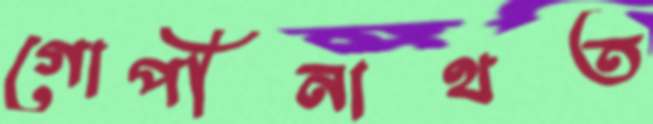
গোপীনাথত